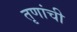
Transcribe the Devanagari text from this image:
तृणांची